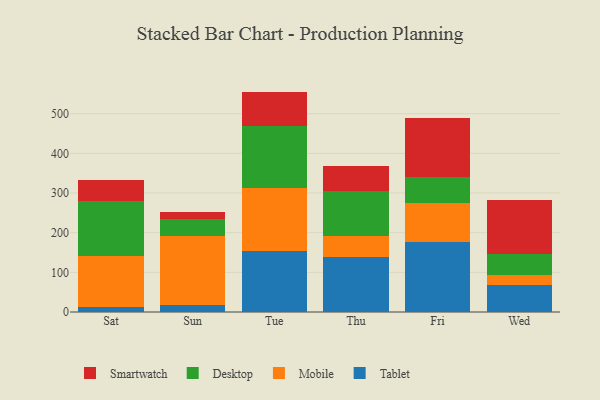
{"axis": {"x": "Day", "y": "LTV (USD)"}, "legend": ["Desktop", "Mobile", "Smartwatch", "Tablet"], "data": [{"x": "Sat", "y": 13.7, "type": "Tablet"}, {"x": "Sat", "y": 127.9, "type": "Mobile"}, {"x": "Sat", "y": 138.8, "type": "Desktop"}, {"x": "Sat", "y": 52.3, "type": "Smartwatch"}, {"x": "Sun", "y": 18.6, "type": "Tablet"}, {"x": "Sun", "y": 173.2, "type": "Mobile"}, {"x": "Sun", "y": 41.6, "type": "Desktop"}, {"x": "Sun", "y": 18.7, "type": "Smartwatch"}, {"x": "Tue", "y": 154.3, "type": "Tablet"}, {"x": "Tue", "y": 157.6, "type": "Mobile"}, {"x": "Tue", "y": 156.8, "type": "Desktop"}, {"x": "Tue", "y": 87.0, "type": "Smartwatch"}, {"x": "Thu", "y": 138.5, "type": "Tablet"}, {"x": "Thu", "y": 54.0, "type": "Mobile"}, {"x": "Thu", "y": 113.8, "type": "Desktop"}, {"x": "Thu", "y": 60.6, "type": "Smartwatch"}, {"x": "Fri", "y": 176.9, "type": "Tablet"}, {"x": "Fri", "y": 97.7, "type": "Mobile"}, {"x": "Fri", "y": 64.9, "type": "Desktop"}, {"x": "Fri", "y": 150.6, "type": "Smartwatch"}, {"x": "Wed", "y": 68.6, "type": "Tablet"}, {"x": "Wed", "y": 25.2, "type": "Mobile"}, {"x": "Wed", "y": 52.7, "type": "Desktop"}, {"x": "Wed", "y": 136.9, "type": "Smartwatch"}]}